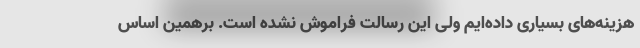
هزینه‌های بسیاری داده‌ایم ولی این رسالت فراموش نشده است. برهمین اساس